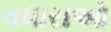
વધારાઓ